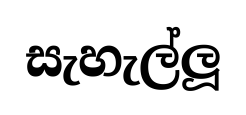
සැහැල්ලූ